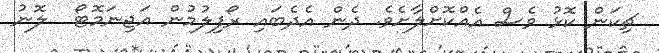
ޗިކަން ކޮޅު ވެސް އެއްކޮށްލާށެވެ. ދެން އެދެބައި ރޯފިލުމުން އަޖިނަމޮޓޯ  ލޮނު